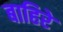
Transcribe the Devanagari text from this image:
बाहिरे